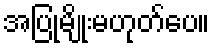
အပြုမျိုးမဟုတ်ပေ။